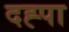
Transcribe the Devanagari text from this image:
दह्पा